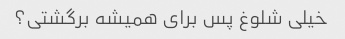
خیلی شلوغ پس برای همیشه برگشتی؟